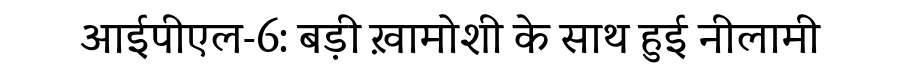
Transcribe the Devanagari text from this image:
आईपीएल-6: बड़ी ख़ामोशी के साथ हुई नीलामी